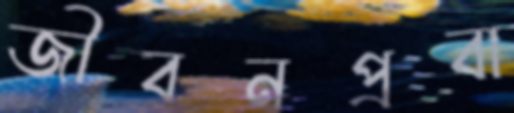
জীবনপ্রবা